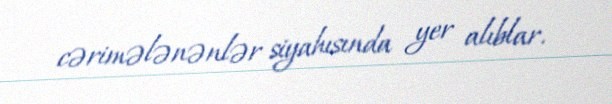
cərimələnənlər siyahısında yer alıblar.